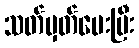
သတ်မှတ်ပေးပြီး